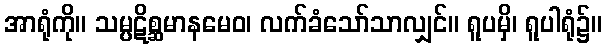
အာရုံကို။ သမ္ပဋိစ္ဆမာနမေဝ၊ လက်ခံသော်သာလျှင်။ ရူပမှိ၊ ရူပါရုံ၌။